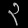
Digit: ၃